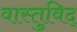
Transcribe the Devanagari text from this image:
वास्‍तुविद्